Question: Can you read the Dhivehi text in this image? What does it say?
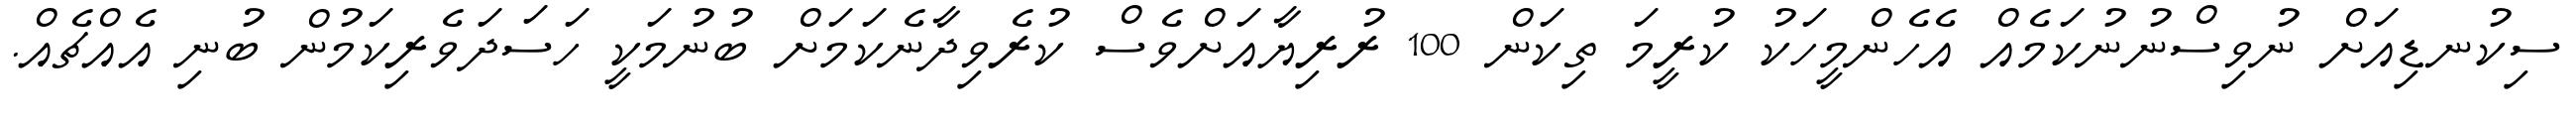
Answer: ސިކުނޑިއަށް ނުވިސްނުނުކަމެއް އެހެންމީހަކު ކުރީމަ ތިކަން 100 ރުރިޔާއަށްވެސް ކުރެވިދާނެކަމަށް ބުނުމަކީ ހަސަދަވެރިކަމުން ބުނި އެއްޗެއް.